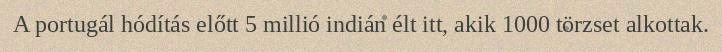
A portugál hódítás előtt 5 millió indián élt itt, akik 1000 törzset alkottak.